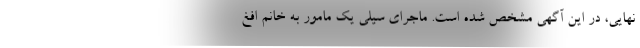
نهایی، در این آگهی مشخص شده است. ماجرای سیلی یک مامور به خانم افغ